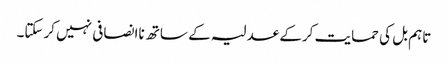
تاہم بل کی حمایت کرکے عدلیہ کے ساتھ ناانصافی نہیں کرسکتا۔